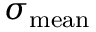
\sigma _ { \mathrm { m e a n } }